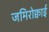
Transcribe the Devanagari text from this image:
जमिरोक्वाई